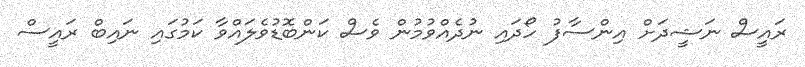
ރައީސް ނަޝީދަށް އިންސާފު ހޯދައި ނުދެއްވުމުން ވެސް ކަންބޮޑުވެލައްވާ ކަމުގައި ނައިބް ރައީސް